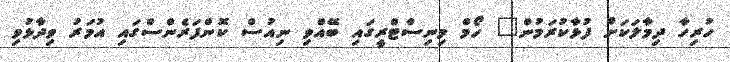
ހުރިހާ ދިމާލަކަށް ފުޅާކުރަމުން" ހޯމް މިނިސްޓްރީގައި ބޭއްވި ނިއުސް ކޮންފަރެންސްގައި އުމަރު ވިދާޅުވި